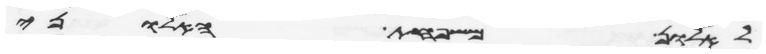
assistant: לאלון משפחת האלוני